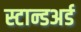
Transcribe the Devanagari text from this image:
स्टान्डअर्ड